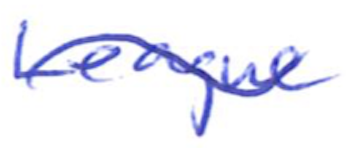
Text: League
Cross-out: wave
Writing tool: ballpoint